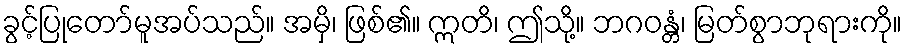
ခွင့်ပြုတော်မူအပ်သည်။ အမှိ၊ ဖြစ်၏။ ဣတိ၊ ဤသို့။ ဘဂဝန္တံ၊ မြတ်စွာဘုရားကို။